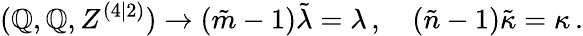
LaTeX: (\mathbb{Q},\mathbb{Q},Z^{(4|2)})\rightarrow(\tilde{{m}}-1)\tilde{{\lambda}}=\lambda\, ,\quad(\tilde{{n}}-1)\tilde{{\kappa}}=\kappa\, .